Civil Veterinary Department Bihar & Orissa reports 1911-21 - 1911-1921
Year: 1911
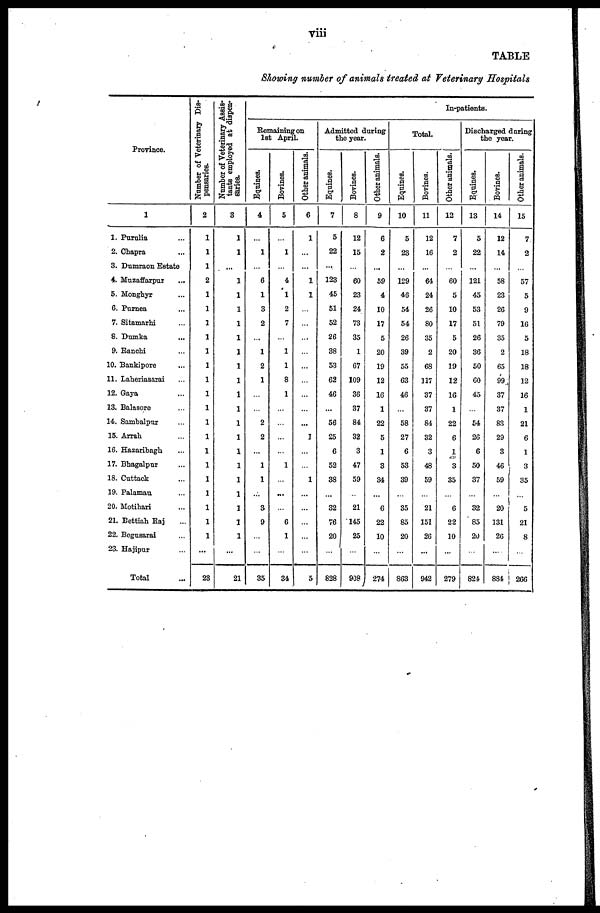
viii
TABLE
Showing number of animals treated at Veterinary Hospitals
Province.
1
1. Purulia ...
2. Chapra ...
3. Dumraon Estate
4. Muzaffarpur ...
5. Monghyr ...
6. Purnea ...
7. Sitamarhi ...
8. Dumka
...
9. Ranchi ...
10. Bankipore ...
11. Laheriasarai ...
12. Gaya ...
13. Balasore ...
14. Sambalpur ...
15. Arrah ...
16. Hazaribagh ...
17. Bhagalpur ...
18. Cattack ...
19. Palamau ...
20. Motihari ...
21. Bettiah Raj ...
22. Begusarai ...
23. Hajipur ...
Total ...
Number of Veterinary Dis-
pensaries.
2
1
1
1
2
1
1
1
1
1
1
1
1
1
1
1
1
1
1
1
1
1
1
...
23
Number of Veterinary Assis-
tants employed at dispen-
saries.
3
1
1
...
1
1
1
1
1
1
1
1
1
1
1
1
1
1
1
1
1
1
1
...
21
In-patients
Remaining on
1st April.
Equines.
4
...
1
...
6
1
3
2
...
1
2
1
...
...
2
2
...
1
1
...
3
9
...
...
35
Bovines.
5
...
1
...
4
1
2
7
...
1
1
8
1
...
...
...
...
1
...
...
...
6
1
...
34
Other animals.
6
1
...
...
1
1
...
...
...
...
...
...
...
...
...
1
...
...
1
...
...
...
...
...
5
Admitted during
the year.
Equines.
7
5
22
...
123
45
51
52
26
38
53
62
46
...
56
25
6
52
38
...
32
76
20
...
828
Bovines.
8
12
15
...
60
23
24,
73
35
1
67
109
36
37
84
32
3
47
59
...
21
145
25
...
908
Other animals.
9
6
2
...
59
4
10
17
5
20
19
12
16
1
22
5
1
3
34
...
6
22
10
...
274
Total.
Equines.
10
5
23
...
129
46
54
54
26
39
55
63
46
...
58
27
6
53
39
...
35
85
20
...
863
Bovines.
11
12
16
...
64
24
26
80
35
2
68
117
37
37
84
32
3
48
59
...
21
151
26
...
942
Other animals.
12
7
2
...
60
5
10
17
5
20
19
12
16
1
22
6
1
3
35
...
6
22
10
...
279
Discharged daring
the year.
Equines.
13
5
22
...
121
45
53
51
26
36
50
60
45
...
54
26
6
50
37
...
32
85
20
...
824
Bovines.
14
12
14
...
58
23
26
79
35
2
65
99
37
37
83
29
3
46
59
...
20
131
26
...
884
Other animals.
15
7
2
...
57
5
9
16
5
18
18
12
16
1
21
6
1
3
35
...
5
21
8
...
266